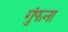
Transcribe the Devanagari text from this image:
गुंफना